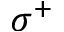
\sigma ^ { + }